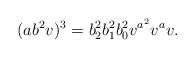
LaTeX: \begin{align*}(ab^2v)^3=b_2^2b_1^2b_0^2v^{a^2}v^{a}v.\end{align*}